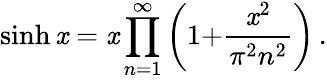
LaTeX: \sinh\mathit{x}=\mathit{x}\prod_{n=1}^{\infty}\left(1{+}{\frac{{\mathit{x}^{2}}}{{\pi^{2}n^{2}}}}\right)\, .